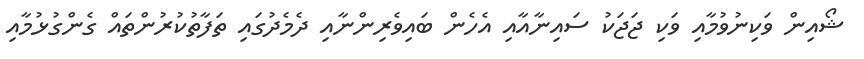
ޝޯއިން ވަކިނުވުމާއި ވަކި ޖަޖަކު ސައިނާއާއި އެހެން ބައިވެރިންނާއި ދެމެދުގައި ތަފާތުކުރުންތައް ގެންގުޅުމާއި